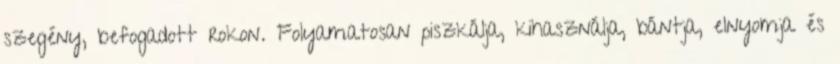
szegény, befogadott rokon. Folyamatosan piszkálja, kihasználja, bántja, elnyomja és